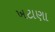
ખટાણા